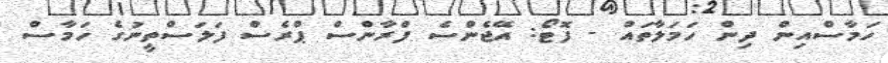
ހަމާސްއިން ދިން ހަމަލާތައް - ފޮޓޯ: އޭޖެންސެ ފްރާންސް ޕްރެސް ފަލަސްތީނުގެ ހަމާސް